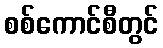
စစ်ကောင်စီတွင်